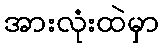
အားလုံးထဲမှာ